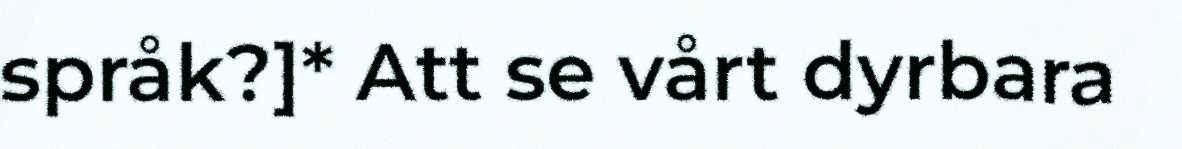
språk?]* Att se vårt dyrbara